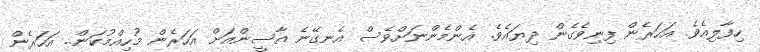
ހިފާލިއެވެ. އަހަރެން ފިނިވެގެން ދިޔައެވެ. އެންމެންނަށްވެސް އެނގޭނެ އާސީންއަށް އަހަރެން މުހިއްމުކަން.. އަހަރެން